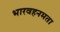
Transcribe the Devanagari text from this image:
भारवहनमता